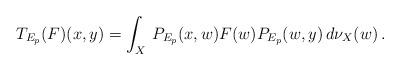
LaTeX: \begin{align*}T_{E_p}(F)(x,y)=\int_X\,P_{E_p}(x,w)F(w)P_{E_p}(w,y)\,d\nu_X(w)\,.\end{align*}